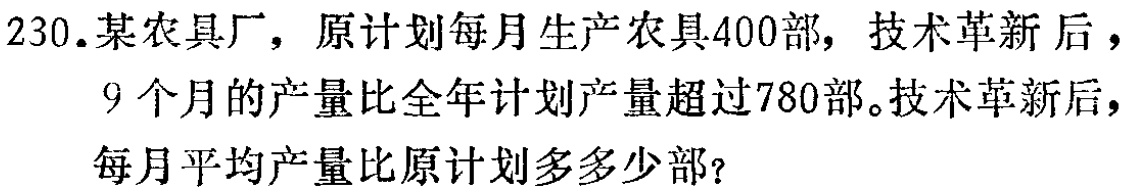
230.某农具厂，原计划每月生产农具400部，技术革新后，
9个月的产量比全年计划产量超过780部。技术革新后，
每月平均产量比原计划多多少部？